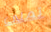
تملي